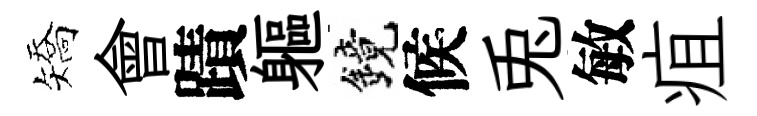
矯會蹟軀鏡候兎敏疽